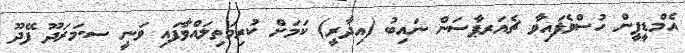
އެމްޑީޕީން ހުސްވެފައިވާ ޗެއަރޕާސަން ނައިބު (އިދާރީ) ކަމަށް ކުރިމަތިލައްވާފައި ވަނީ ސ.މަރަދޫ ފޭދޫ